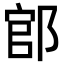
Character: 𨜌